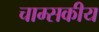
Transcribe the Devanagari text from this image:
चाम्सकीय